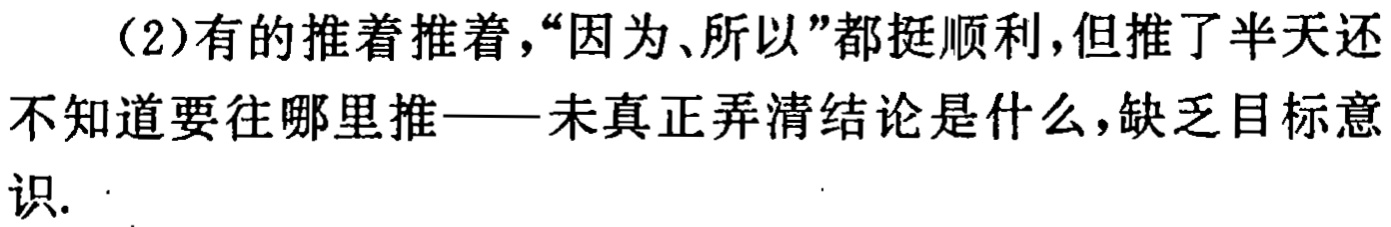
（2）有的推着推着，“因为、所以”都挺顺利，但推了半天还不知道要往哪里推——未真正弄清结论是什么，缺乏目标意识.